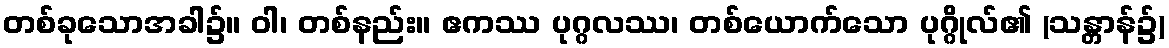
တစ်ခုသောအခါ၌။ ဝါ၊ တစ်နည်း။ ဧကဿ ပုဂ္ဂလဿ၊ တစ်ယောက်သော ပုဂ္ဂိုလ်၏ (သန္တာန်၌)